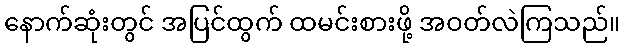
နောက်ဆုံးတွင် အပြင်ထွက် ထမင်းစားဖို့ အဝတ်လဲကြသည်။